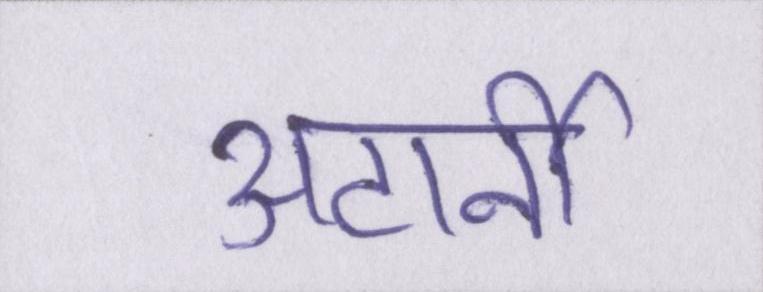
अटार्नी